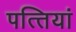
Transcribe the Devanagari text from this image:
पत्‍तियां